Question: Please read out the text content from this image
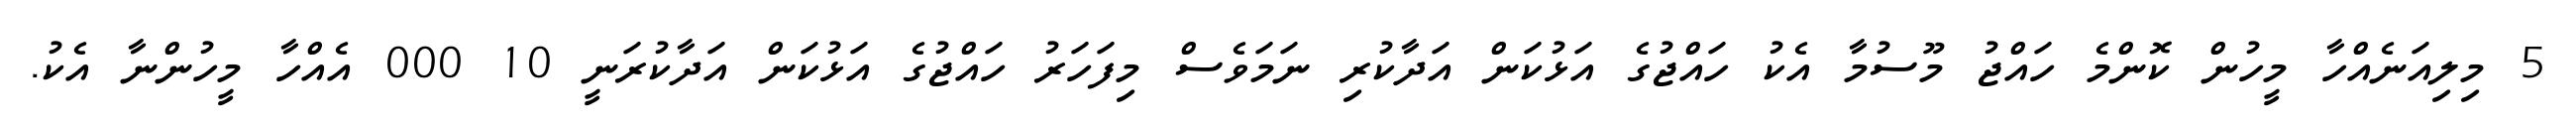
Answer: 5 މިލިއަނެއްހާ މީހުން ކޮންމެ ހައްޖު މޫސުމާ އެކު ހައްޖުގެ އަޅުކަން އަދާކުރި ނަމަވެސް މިފަހަރު ހައްޖުގެ އަޅުކަން އަދާކުރަނީ 10 000 އެއްހާ މީހުންނާ އެކު.